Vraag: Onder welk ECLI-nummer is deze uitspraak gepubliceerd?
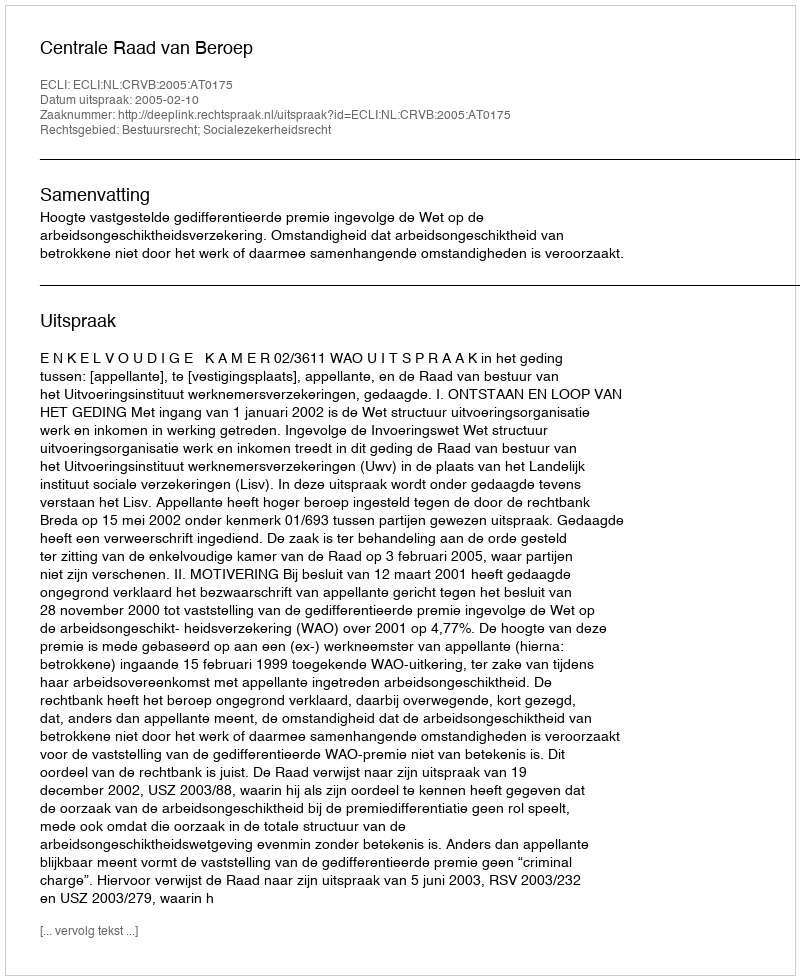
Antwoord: ECLI:NL:CRVB:2005:AT0175